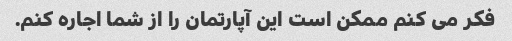
فکر می کنم ممکن است این آپارتمان را از شما اجاره کنم.